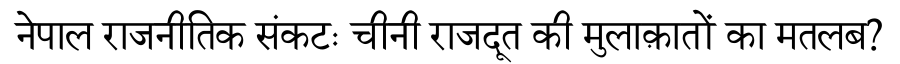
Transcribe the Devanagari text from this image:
नेपाल राजनीतिक संकटः चीनी राजदूत की मुलाक़ातों का मतलब?